Lunatic asylums Central Provinces reports 1910-1926 - 1910-1926
Year: 1910
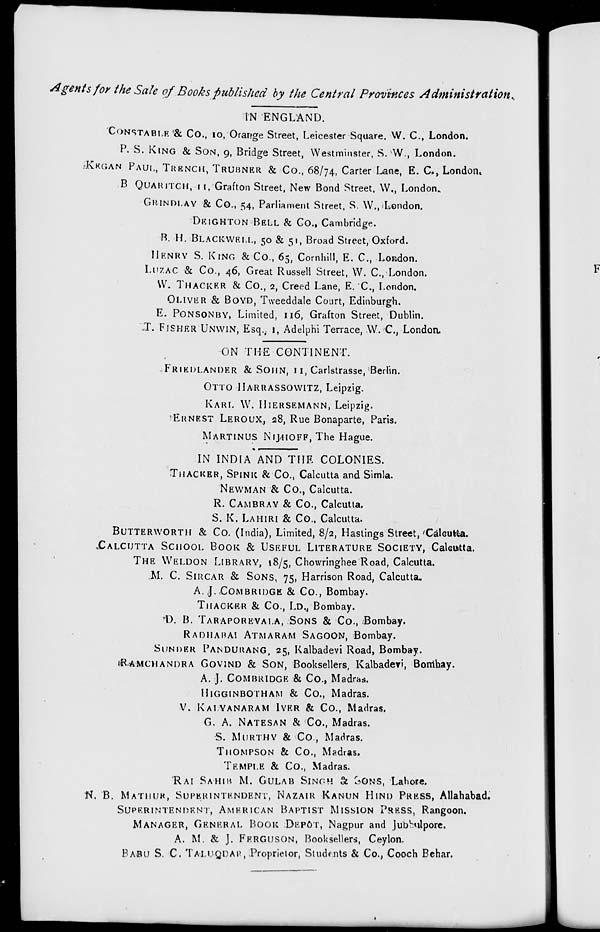
Agents for the Sale of Books published by the Central Provinces Administration.
IN ENGLAND.
CONSTABLE & Co., 10, Orange Street, Leicester Square. W. C., London.
P. S. KING & SON, 9, Bridge Street, Westminster, S. W., London.
KEGAN PAUL, TRENCH, TRUBNER & Co., 68/74, Carter Lane, E. C., London.
B QUARITCH, 11, Grafton Street, New Bond Street, W., London.
GRINDLAY & Co., 54, Parliament Street, S. W., London.
DEIGHTON BELL & Co., Cambridge.
B. H. BLACKWELL, 50 & 51, Broad Street, Oxford.
HENRY S. KING & Co., 65, Cornhill, E. C., London.
LUZAC & Co., 46, Great Russell Street, W. C., London.
W. THACKER & Co., 2, Creed Lane, E. C, London.
OLIVER & BOYD, Tweeddale Court, Edinburgh.
E. PONSONBY, Limited, 116, Grafton Street, Dublin.
T. FISHER UNWIN, Esq., 1, Adelphi Terrace, W. C., London.
ON THE CONTINENT.
FRIEDLANDER & SOHN, 11, Carlstrasse, Berlin.
OTTO HARRASSOWITZ, Leipzig.
KARL W. HIERSEMANN, Leipzig.
ERNEST LEROUX, 28, Rue Bonaparte, Paris.
MARTINUS NIJHOFF, The Hague.
IN INDIA AND THE COLONIES.
THACKER, SPINK & Co., Calcutta and Simla.
NEWMAN & Co., Calcutta.
R. CAMBRAY & Co., Calcutta.
S. K. LAHIRI & Co., Calcutta.
BUTTERWORTH & Co. (India), Limited, 8/2, Hastings Street, Calcutta.
CALCUTTA SCHOOL. BOOK & USEFUL LITERATURE SOCIETY, Calcutta.
THE WELDON LIBRARY,
18/5, Chowringhee Road, Calcutta.
M. C. SIRCAR & SONS, 75, Harrison Road, Calcutta.
A. J. COMBRIDGE & Co., Bombay.
THACKER & Co., LD., Bombay.
D. B. TARAPOREVALA, SONS & Co., Bombay.
RADHABAI ATMARAM SAGOON,
Bombay.
SUNDER PANDURANG,
25, Kalbadevi Road, Bombay.
RAMCHANDRA GOVIND & SON,
Booksellers, Kalbadevi, Bombay.
A. J. COMBRIDGE & Co., Madras.
HIGGINBOTHAM
& Co., Madras.
V.
KALYANARAM
IYER
& Co., Madras.
G. A. NATESAN & Co., Madras.
S. MURTHY & Co, Madras.
THOMPSON
& Co., Madras.
TEMPLE & Co., Madras.
RAI SAHIR M. GULAB SINGH & SONS,
Lahore.
N. B. MATHUR, SUPERINTENDENT, NAZAIR KANUN HIND PRESS, Allahabad.
SUPERINTENDENT, AMERICAN BAPTIST MISSION PRESS,
Rangoon.
MANAGER,
GENERAL
BOOK
DEPÔT, Nagpur and Jubbulpore.
A. M. & J. FERGUSON, Booksellers, Ceylon.
BABU
S. C. TALUODAR, Proprietor, Students & Co., Cooch Behar.